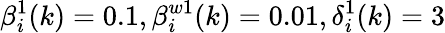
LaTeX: \beta_{i}^{1}(k)=0.1,\beta_{i}^{w1}(k)=0.01,\delta_{i}^{1}(k)=3